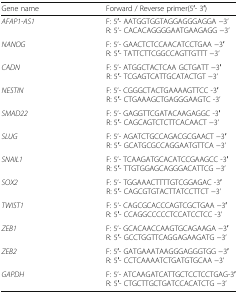
| Gene name | Forward / Reverse primer(5′- 3′) |
 | --- | --- |
 | AFAP1-AS1 | F: 5′- AATGGTGGTAGGAGGGAGGA −3’R: 5’- CACACAGGGGAATGAAGAGG −3’ |
 | NANOG | F: 5’- GAACTCTCCAACATCCTGAA −3′R: 5′- TATTCTTCGGCCAGTTGTTT −3’ |
 | CADN | F: 5’- ATGGCTACTCAA GCTGATT −3′R: 5′- TCGAGTCATTGCATACTGT −3’ |
 | NESTIN | F: 5’- CGGGCTACTGAAAAGTTCC -3′R: 5′- CTGAAAGCTGAGGGAAGTC -3’ |
 | SMAD22 | F: 5’- GAGGTTCGATACAAGAGGC -3′R: 5′- CAGCAGTCTCTTCACAACT −3’ |
 | SLUG | F: 5’- AGATCTGCCAGACGCGAACT −3′R: 5′- GCATGCGCCAGGAATGTTCA −3’ |
 | SNAIL1 | F: 5’- TCAAGATGCACATCCGAAGCC -3′R: 5′- TTGTGGAGCAGGGACATTCG −3’ |
 | SOX2 | F: 5’- TGGAAACTTTTGTCGGAGAC -3′R: 5′- CAGCGTGTACTTATCCTTCT −3’ |
 | TWIST1 | F: 5’- CAGCGCACCCAGTCGCTGAA −3′R: 5′- CCAGGCCCCCTCCATCCTCC -3’ |
 | ZEB1 | F: 5’- GCACAACCAAGTGCAGAAGA −3′R: 5′- GCCTGGTTCAGGAGAAGATG −3’ |
 | ZEB2 | F: 5′- GATGAAATAAGGGAGGGTGG −3′R: 5′- CCTCAAAATCTGATGTGCAA −3’ |
 | GAPDH | F: 5’- ATCAAGATCATTGCTCCTCCTGAG-3′R: 5′- CTGCTTGCTGATCCACATCTG −3’ |